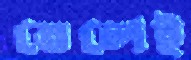
তেলেই